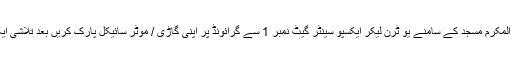
حسن اسکوائر سے بائیں جانب یونیورسٹی روڈ بیت المکرم مسجد کے سامنے یو ٹرن لیکر ایکسپو سینٹر گیٹ نمبر 1 سے گرائونڈ پر اپنی گاڑی / موٹر سائیکل پارک کریں بعد تلاشی ایکسپو سینٹر گیٹ نمبر 2 سے اسٹیڈیم جا سکیں گے ۔